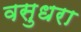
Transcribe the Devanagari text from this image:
वसुधरा